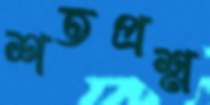
শতপ্রশ্ন